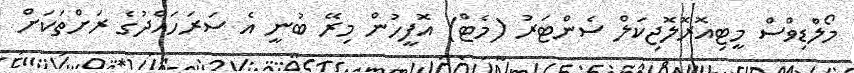
މޯލްޑިވްސް މީޓިއޮރޮލޮޖިކަލް ސެންޓަރު (މެޓް) އޮފީހުން މިރޭ ބުނީ އެ ސަރަހައްދުގެ ރަށްތަކަށް